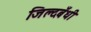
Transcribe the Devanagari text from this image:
जिल्दबँधी